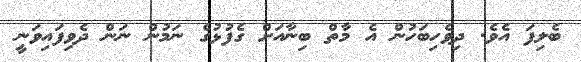
ބެލިފަ އެވެ. ދިވެހިބަހުން އެ މާތް ބިނާއަށް ގެފުޅުގެ ނަމުން ނަން ދެވިފައިވަނީ